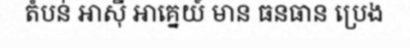
តំបន់ អាស៊ី អាគ្នេយ៍ មាន ធនធាន ប្រេង